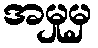
အမှုမှ